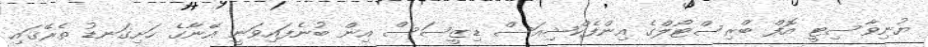
ޔުނިވާސިޓީ އޮފް ބްރިސްޓޯލްގެ އިންފެކްޝިއަސް ޑިޒީސަސް އިން ބުނެފައިވަނީ އޭނާގެ ހަށިގަނޑު ތެރޭގައި